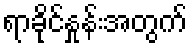
ရာခိုင်နှုန်းအတွက်